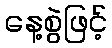
နေ့စွဲဖြင့်